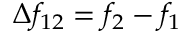
\Delta f _ { 1 2 } = f _ { 2 } - f _ { 1 }